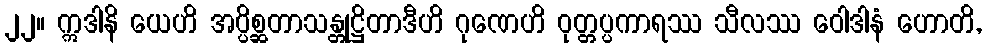
၂၂။ ဣဒါနိ ယေဟိ အပ္ပိစ္ဆတာသန္တုဋ္ဌိတာဒီဟိ ဂုဏေဟိ ဝုတ္တပ္ပကာရဿ သီလဿ ဝေါဒါနံ ဟောတိ,